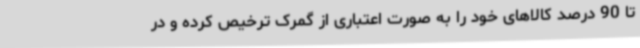
تا 90 درصد کالاهای خود را به صورت اعتباری از گمرک ترخیص کرده و در